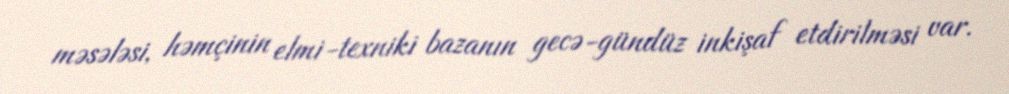
məsələsi, həmçinin elmi-texniki bazanın gecə-gündüz inkişaf etdirilməsi var.